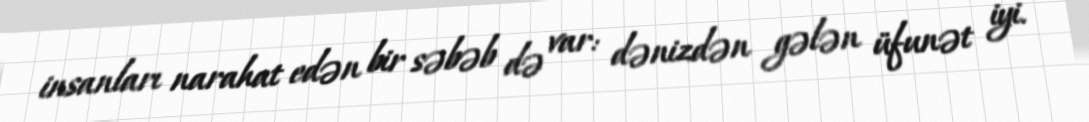
insanları narahat edən bir səbəb də var: dənizdən gələn üfunət iyi.